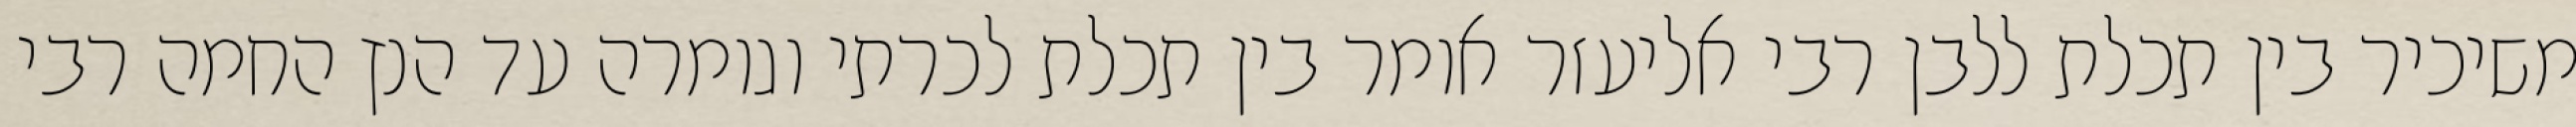
משיכיר בין תכלת ללבן רבי אליעזר אומר בין תכלת לכרתי וגומרה עד הנץ החמה רבי